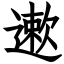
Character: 遬